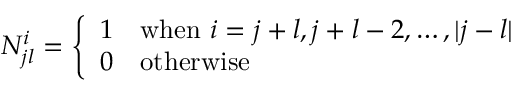
N _ { j l } ^ { i } = \left\{ \begin{array} { l l } { { 1 } } & { { \mathrm { w h e n } ~ i = j + l , j + l - 2 , \ldots , | j - l | } } \\ { { 0 } } & { { \mathrm { o t h e r w i s e } } } \end{array} \right.